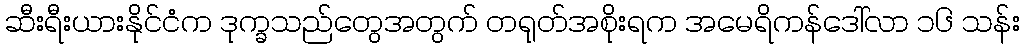
ဆီးရီးယားနိုင်ငံက ဒုက္ခသည်တွေအတွက် တရုတ်အစိုးရက အမေရိကန်ဒေါ်လာ ၁၆ သန်း